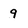
Character: 9